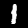
Digit: 1